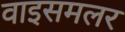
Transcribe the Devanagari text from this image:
वाइसमलर